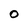
Character: O